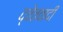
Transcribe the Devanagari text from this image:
द्वेतवादी